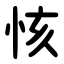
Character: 㤥